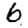
Digit: 6